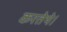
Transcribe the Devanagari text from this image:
करतेथे।